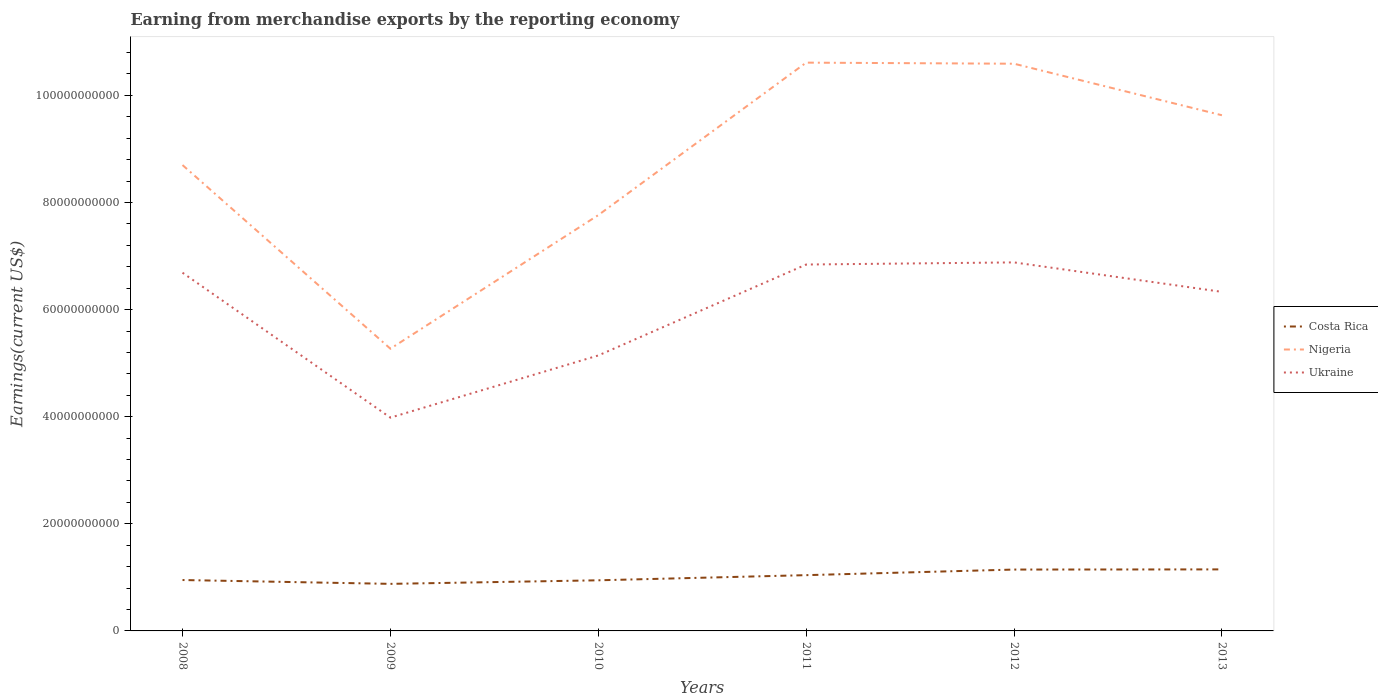
| Years | Costa Rica | Nigeria | Ukraine |
 | --- | --- | --- | --- |
 | 2008 | 9.5e+09 | 8.7e+10 | 6.69e+10 |
 | 2009 | 8.79e+09 | 5.27e+10 | 3.98e+10 |
 | 2010 | 9.45e+09 | 7.76e+10 | 5.14e+10 |
 | 2011 | 1.04e+10 | 1.06e+11 | 6.84e+10 |
 | 2012 | 1.15e+10 | 1.06e+11 | 6.88e+10 |
 | 2013 | 1.15e+10 | 9.63e+10 | 6.33e+10 |